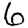
Digit: 6